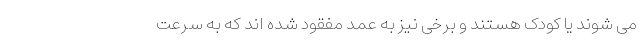
می شوند یا کودک هستند و برخی نیز به عمد مفقود شده اند که به سرعت